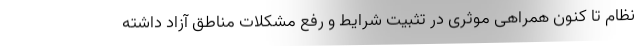
نظام تا کنون همراهی موثری در تثبیت شرایط و رفع مشکلات مناطق آزاد داشته